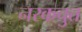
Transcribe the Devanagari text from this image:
नरकचुत